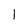
Character: 1